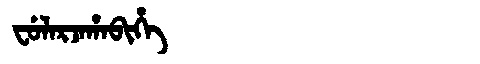
Manchu: ᠸᡠᠯᠠᡵᠵᠠᡥᠠᠪᡳᡥᡝ
Romanization: FULARJAHABIHE